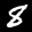
Label: 8